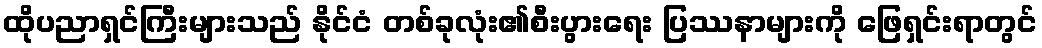
ထိုပညာရှင်ကြီးများသည် နိုင်ငံ တစ်ခုလုံး၏စီးပွားရေး ပြဿနာများကို ဖြေရှင်းရာတွင်